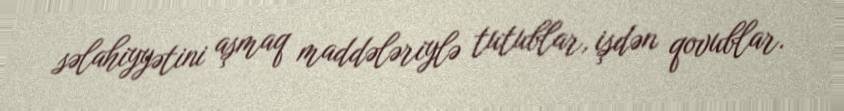
səlahiyyətini aşmaq maddələriylə tutublar, işdən qovublar.